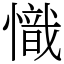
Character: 𢡠